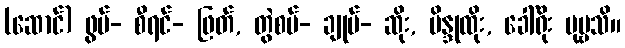
(ဆောင်) ဖွပ်- စီရင်- ဖြတ်, တွဲစပ်- ချုပ်- ဆိုး, ဗိန္ဒုထိုး, ခေါ်ရိုး ပုဗ္ဗသိ။